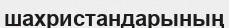
шахристандарының